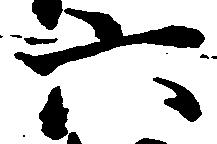
六